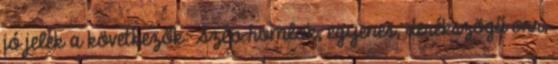
jó jelek a következők: Szép homlok, egyenes, derékszögű orr,